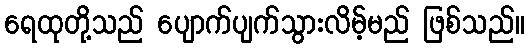
ရေထုတို့သည် ပျောက်ပျက်သွားလိမ့်မည် ဖြစ်သည်။